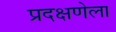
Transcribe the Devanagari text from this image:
प्रदक्षणेला